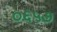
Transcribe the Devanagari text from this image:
०६५७